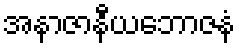
အနာဇာနီယဘောဇနံ